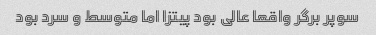
سوپر برگر واقعا عالی بود پیتزا اما متوسط و سرد بود